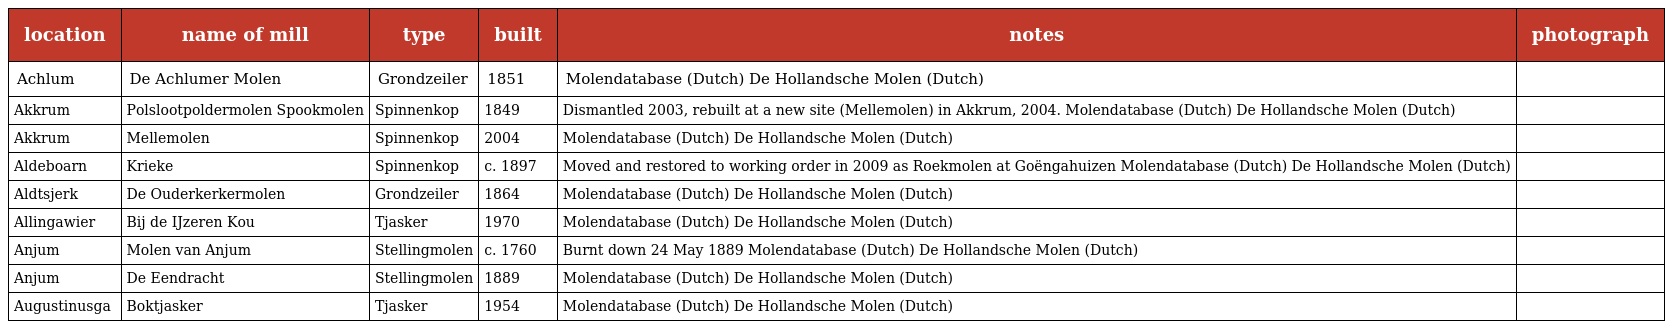
| location | name of mill | type | built | notes | photograph |
 | --- | --- | --- | --- | --- | --- |
 | Achlum | De Achlumer Molen | Grondzeiler | 1851 | Molendatabase (Dutch) De Hollandsche Molen (Dutch) |  |
 | Akkrum | Polslootpoldermolen Spookmolen | Spinnenkop | 1849 | Dismantled 2003, rebuilt at a new site (Mellemolen) in Akkrum, 2004. Molendatabase (Dutch) De Hollandsche Molen (Dutch) |  |
 | Akkrum | Mellemolen | Spinnenkop | 2004 | Molendatabase (Dutch) De Hollandsche Molen (Dutch) |  |
 | Aldeboarn | Krieke | Spinnenkop | c. 1897 | Moved and restored to working order in 2009 as Roekmolen at Goëngahuizen Molendatabase (Dutch) De Hollandsche Molen (Dutch) |  |
 | Aldtsjerk | De Ouderkerkermolen | Grondzeiler | 1864 | Molendatabase (Dutch) De Hollandsche Molen (Dutch) |  |
 | Allingawier | Bij de IJzeren Kou | Tjasker | 1970 | Molendatabase (Dutch) De Hollandsche Molen (Dutch) |  |
 | Anjum | Molen van Anjum | Stellingmolen | c. 1760 | Burnt down 24 May 1889 Molendatabase (Dutch) De Hollandsche Molen (Dutch) |  |
 | Anjum | De Eendracht | Stellingmolen | 1889 | Molendatabase (Dutch) De Hollandsche Molen (Dutch) |  |
 | Augustinusga | Boktjasker | Tjasker | 1954 | Molendatabase (Dutch) De Hollandsche Molen (Dutch) |  |